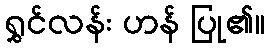
ရွှင်လန်း ဟန် ပြု၏။